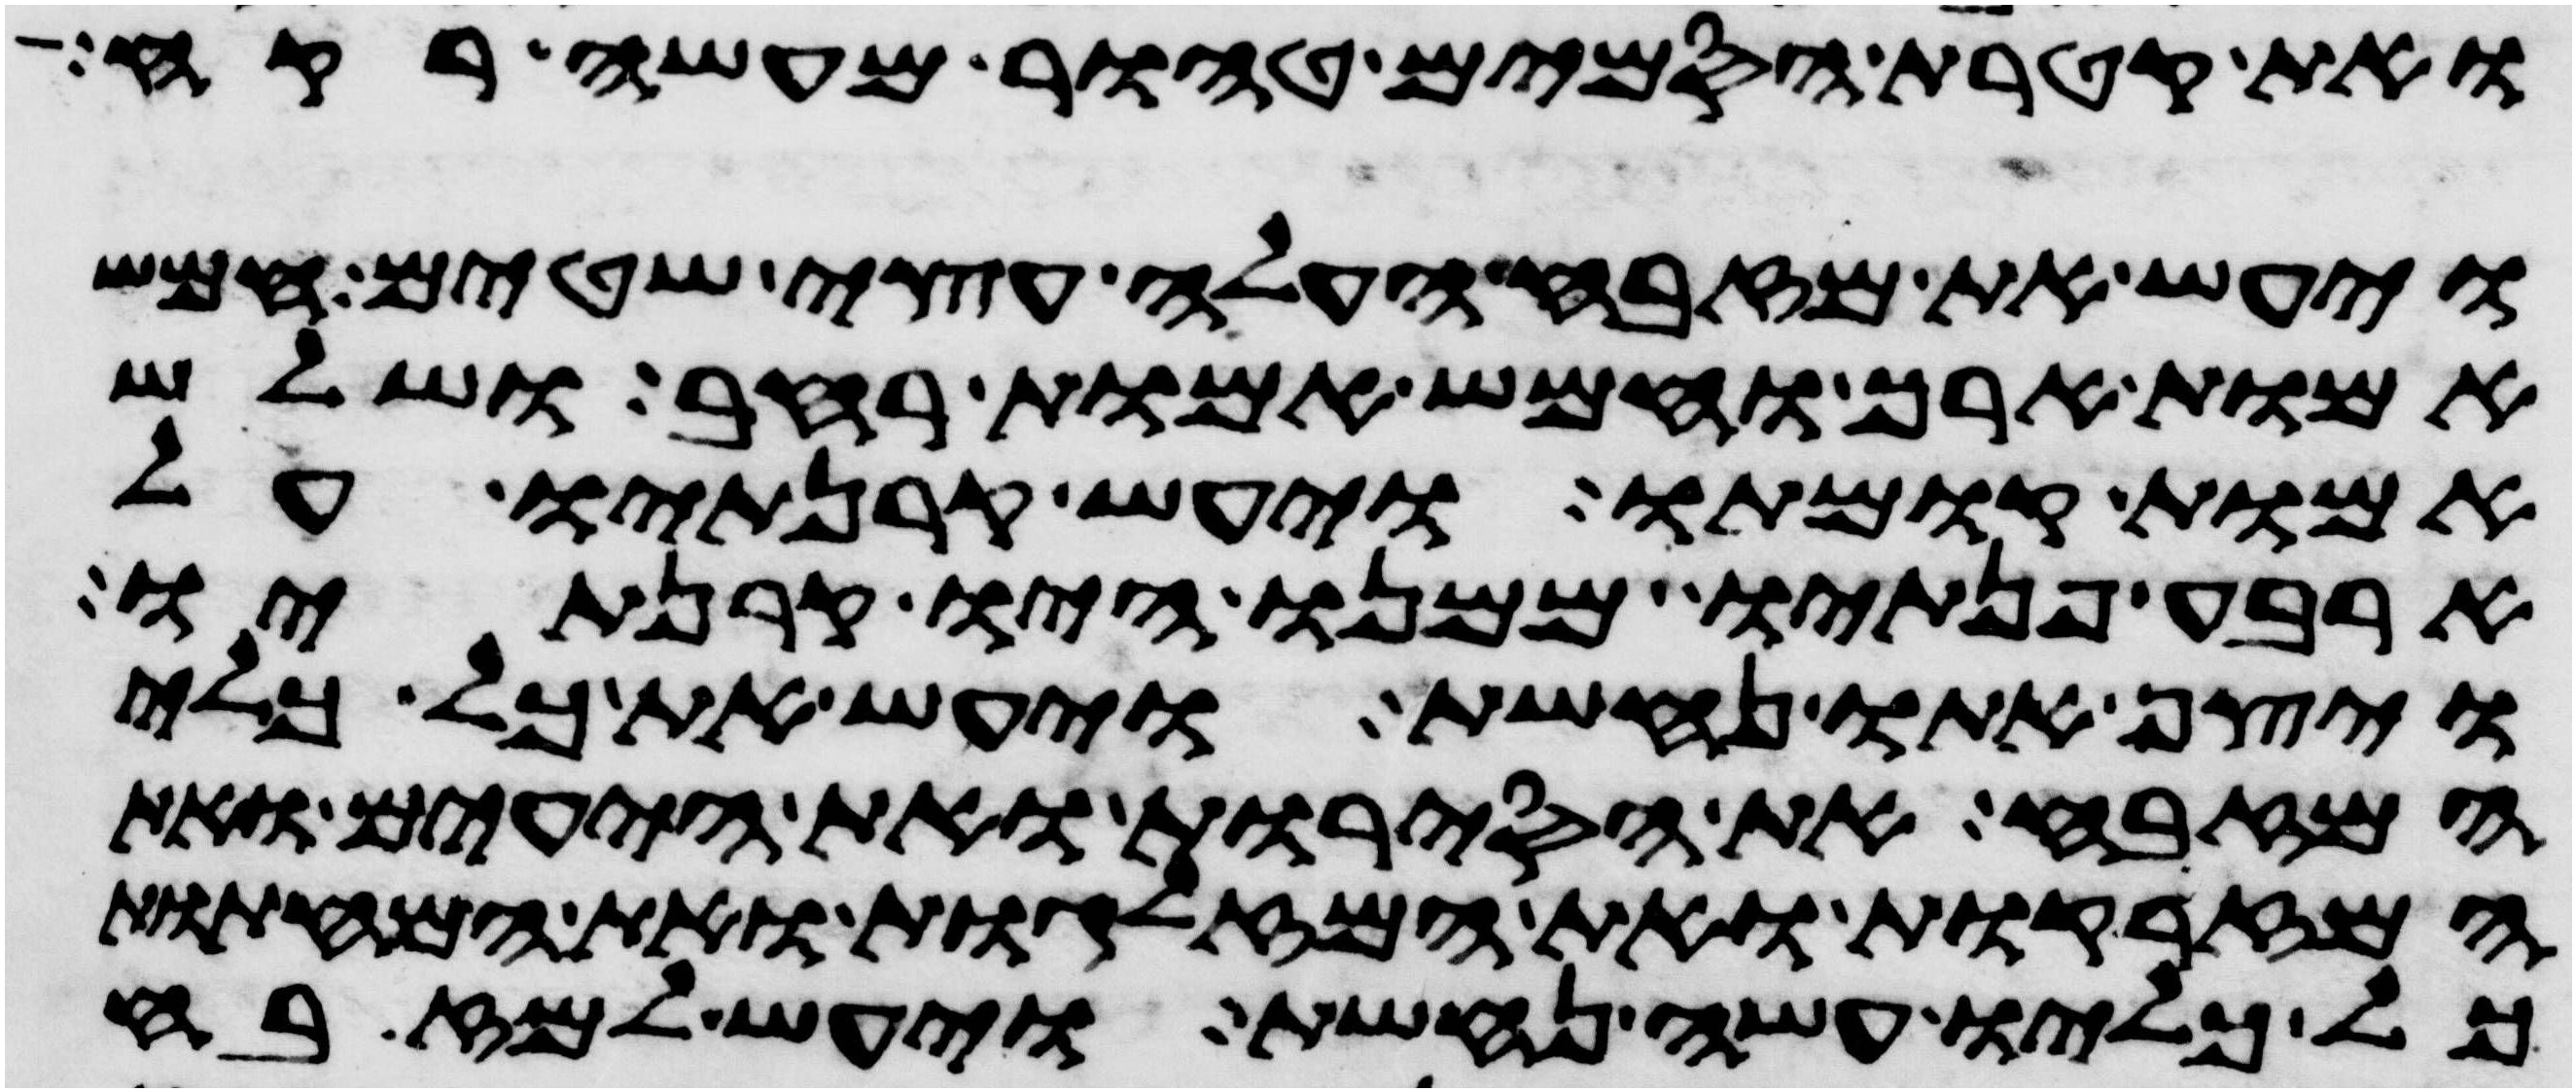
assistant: ואת קטרת הסמים טהור מעשה רקח
ויעש את מזבח העלה עצי שטים חמש
אמות ארך וחמש אמות רחב ושלש
אמות קומתו ויעש קרנתיו על
ארבע פנתיו ממנו היו קרנתיו
ויצף אתו נחשת ויעש את כל כלי
המזבח את הסירות ואת היעים ואת
המזרקות ואת המזלגות ואת המחתות
כל כליו עשה נחשת ויעש למזבח